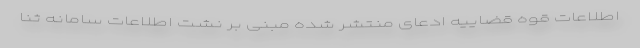
اطلاعات قوه قضاییه ادعای منتشر شده مبنی بر نشت اطلاعات سامانه ثنا